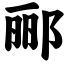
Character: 郦